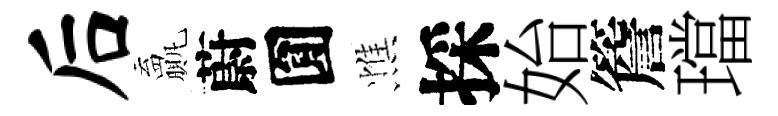
后贏蔚圎憔採始簷璫